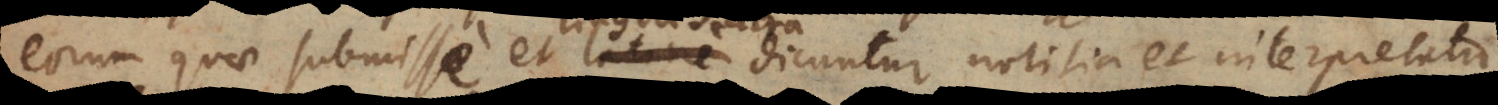
eorum quae submisse et latine dicuntur notitia et interpretat